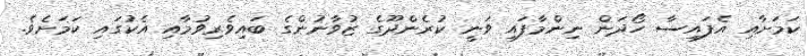
ކަމަށާއި އެފައިސާ ހޯދަން ނިންމާފައި ވަނީ ކުރެންދޫގެ ޒުވާނުންގެ ބައިވެރިވުމާއި އެކުގައި ކަމަށެވެ.